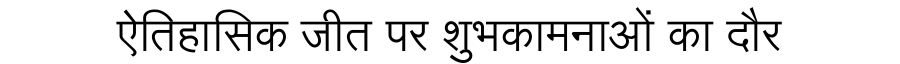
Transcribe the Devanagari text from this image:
ऐतिहासिक जीत पर शुभकामनाओं का दौर